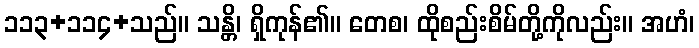
၁၁၃+၁၁၄+သည်။ သန္တိ၊ ရှိကုန်၏။ တေစ၊ ထိုစည်းစိမ်တို့ကိုလည်း။ အဟံ၊